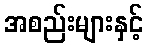
အစည်းများနှင့်